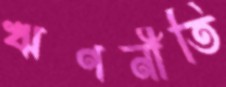
ঋণনীতি